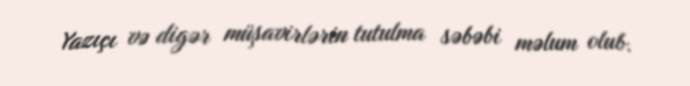
Yazıçı və digər müşavirlərin tutulma səbəbi məlum olub.